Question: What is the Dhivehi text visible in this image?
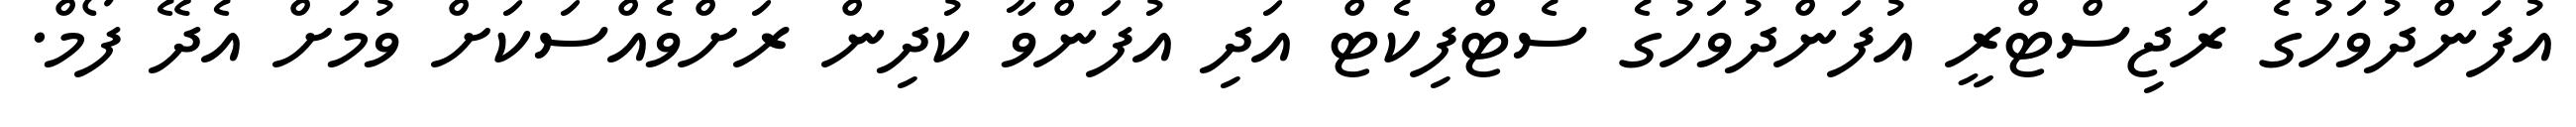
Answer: އުފަންދުވަހުގެ ރަޖިސްޓްރީ އުފަންދުވަހުގެ ސެޓްފިކެޓް އަދި އުފަންވާ ކުދިން ރަށްވެއްސަކަށް ވުމަށް އެދޭ ފޯމް.